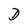
Character: D